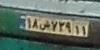
۱۸ش۷۳۹۱۱